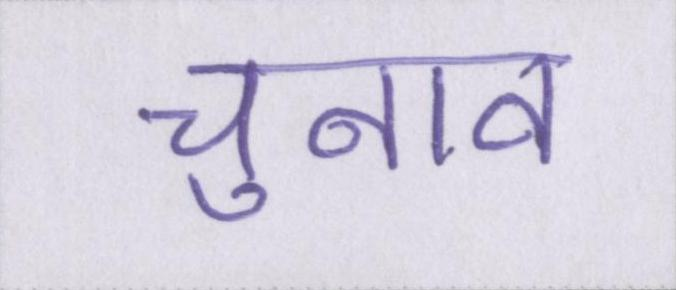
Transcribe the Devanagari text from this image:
चुनाव